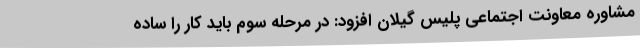
مشاوره معاونت اجتماعی پلیس گیلان افزود: در مرحله سوم باید کار را ساده